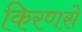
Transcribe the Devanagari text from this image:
किरणसे